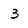
Character: 3